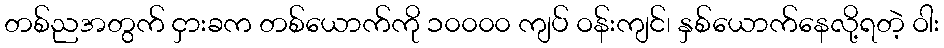
တစ်ညအတွက် ငှားခက တစ်ယောက်ကို ၁၀၀၀၀ ကျပ် ဝန်းကျင်၊ နှစ်ယောက်နေလို့ရတဲ့ ဝါး